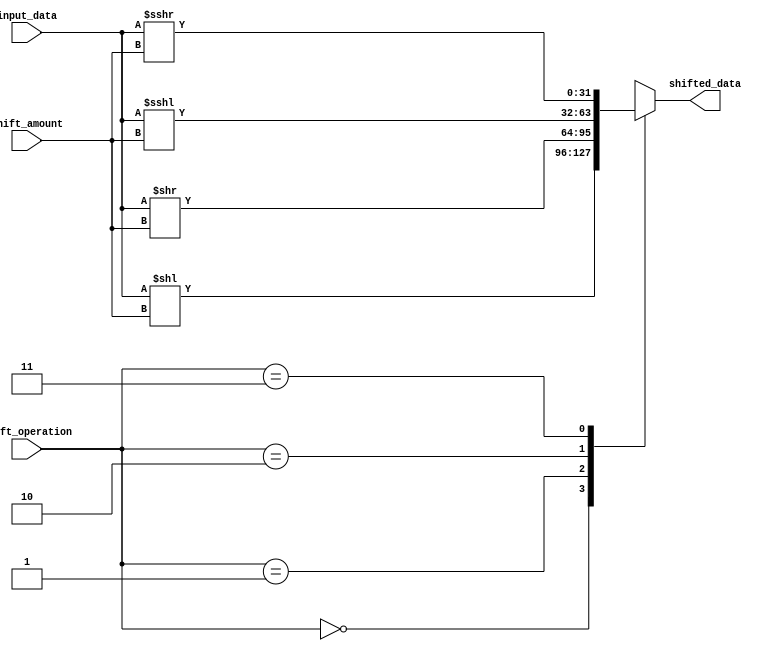
module Barrel_Shifter(
    input [31:0] input_data,
    input [3:0] shift_amount,
    input [1:0] shift_operation,
    output reg [31:0] shifted_data
);

always @(*) begin
    case(shift_operation)
        2'b00: shifted_data = input_data << shift_amount; // logical shift left
        2'b01: shifted_data = input_data >> shift_amount; // logical shift right
        2'b10: shifted_data = $signed(input_data) <<< shift_amount; // arithmetic shift left
        2'b11: shifted_data = $signed(input_data) >>> shift_amount; // arithmetic shift right
        default: shifted_data = 0;
    endcase
end

endmodule